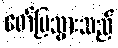
ဖော်ပြသွားသည်